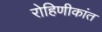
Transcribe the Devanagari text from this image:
रोहिणीकांत